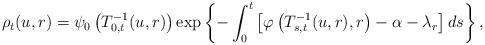
\begin{align*}\rho_t (u,r) = \psi_0 \left(T^{-1}_{0,t}(u,r)\right)\exp \left\{ - \int_0^t \left[ \varphi\left( T^{-1}_{s,t}(u,r),r\right) - \alpha - \lambda_r \right] ds \right\},\end{align*}